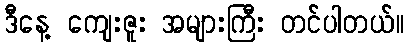
ဒီနေ့ ကျေးဇူး အများကြီး တင်ပါတယ်။